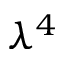
\lambda ^ { 4 }